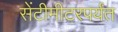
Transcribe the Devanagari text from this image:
सेंटीमीटरपर्यंत